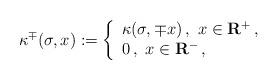
LaTeX: \begin{align*} \kappa^\mp(\sigma,x) := \left\{ \begin{array}{l} \kappa(\sigma,\mp x)\,,\ x \in {\mathbf R}^+\,,\\ 0\,,\ x \in {\mathbf R}^-\,, \end{array} \right.\\ \end{align*}